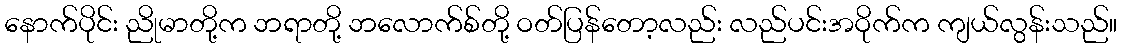
နောက်ပိုင်း ညိုမာတို့က ဘရာတို့ ဘလောက်စ်တို့ ဝတ်ပြန်တော့လည်း လည်ပင်းအဝိုက်က ကျယ်လွန်းသည်။